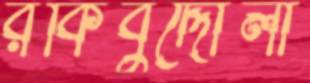
রকিবুদ্দৌলা